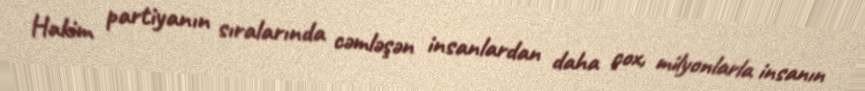
Hakim partiyanın sıralarında cəmləşən insanlardan daha çox, milyonlarla insanın